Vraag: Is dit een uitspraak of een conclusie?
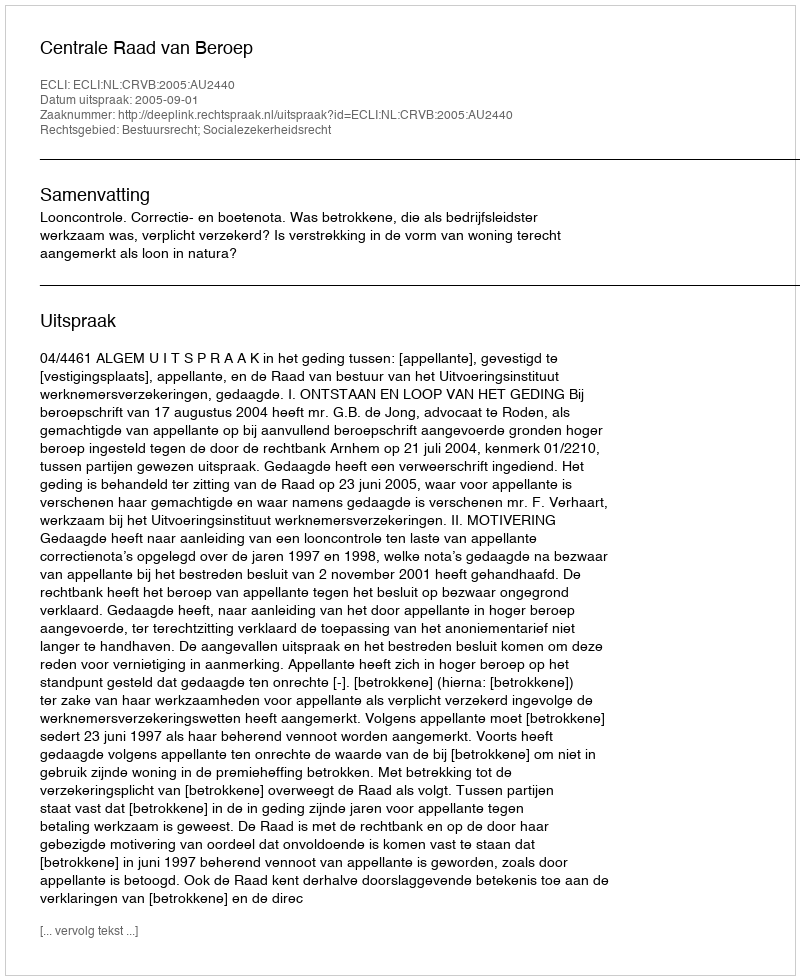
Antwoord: Uitspraak